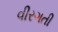
વીરગતી